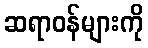
ဆရာဝန်များကို